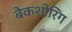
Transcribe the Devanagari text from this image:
बैकशोरिंग